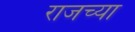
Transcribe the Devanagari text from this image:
राजच्या